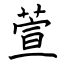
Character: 萱